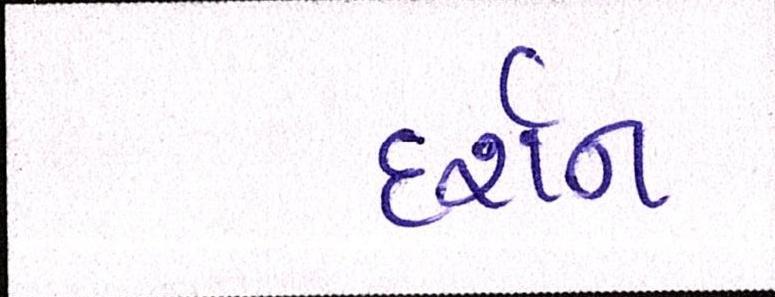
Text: દર્શન